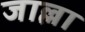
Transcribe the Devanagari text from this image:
जाल्ला